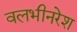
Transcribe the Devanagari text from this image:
वलभीनरेश